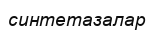
синтетазалар